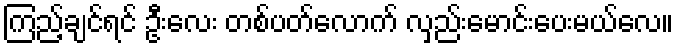
ကြည့်ချင်ရင် ဦးလေး တစ်ပတ်လောက် လှည်းမောင်းပေးမယ်လေ။